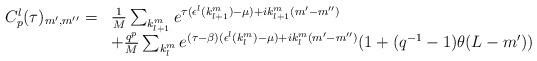
LaTeX: \begin{align*}\begin{array}{ll}C^{l}_{p}(\tau)_{m^{\prime},m^{\prime \prime}} = &\frac{1}{M} \sum_{k^{m}_{l+1}} e^{\tau(\epsilon^l(k^{m}_{l+1})-\mu)+ik^{m}_{l+1} (m^{\prime}-m^{\prime \prime})} \\ &+\frac{q^{p}}{M} \sum_{k^{m}_{l}} e^{(\tau-\beta) (\epsilon^l(k^{m}_{l})-\mu)+ik^m_l (m^{\prime}-m^{\prime \prime})} (1 + (q^{-1}-1)\theta (L-m^\prime))\end{array}\end{align*}